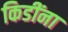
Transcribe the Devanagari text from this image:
किडींना